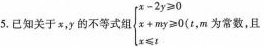
5. 已知关于x，y的不等式组$$\left\{ \begin{matrix} x-2y\geqslant 0 \\ x+my\geqslant 0\\ x \geqslant t\end{matrix} \right. $$(t，m为常数，且